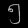
Digit: ၅